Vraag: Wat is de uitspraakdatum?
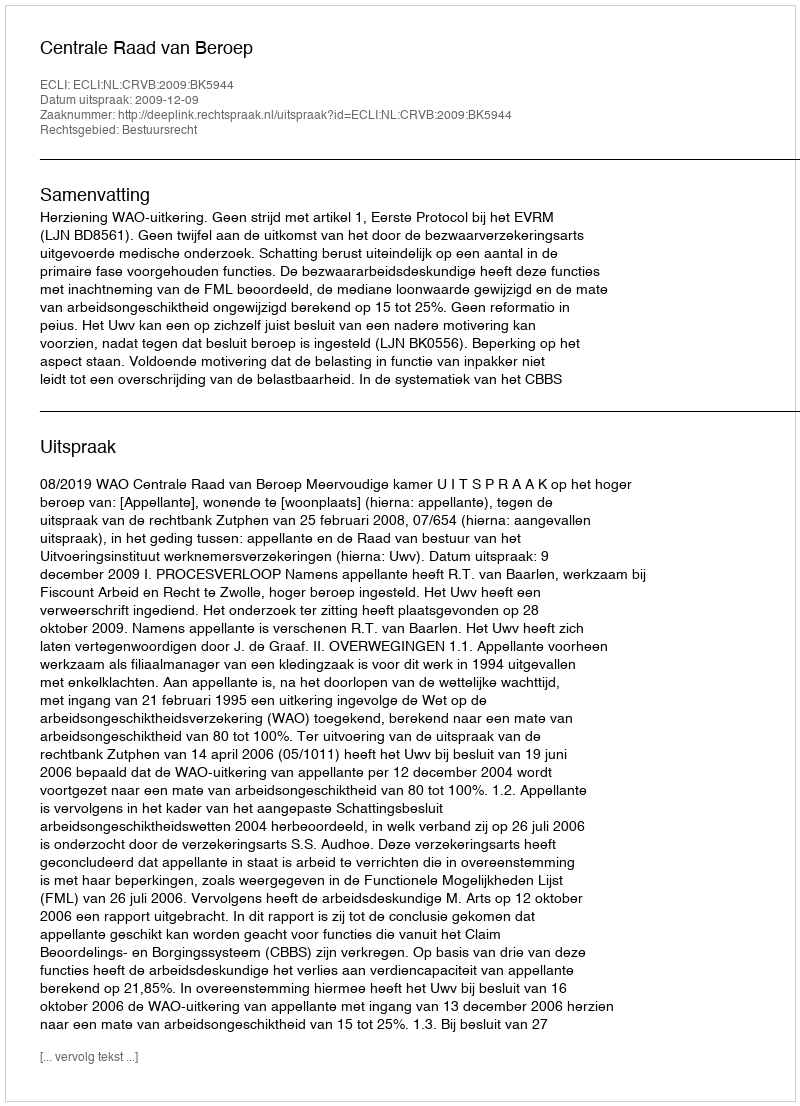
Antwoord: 2009-12-09